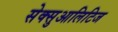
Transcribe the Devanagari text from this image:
सेक्सुआलिटिज